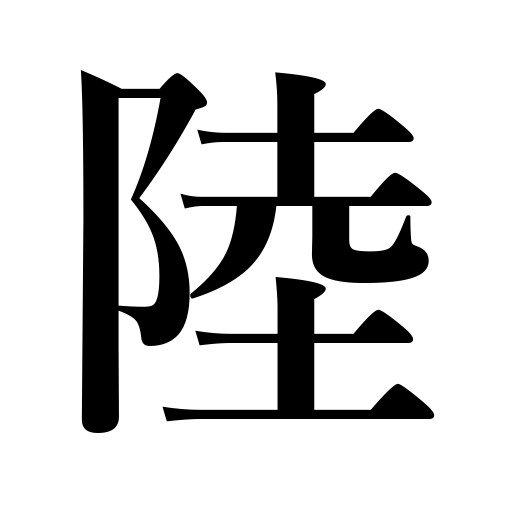
Meanings: land